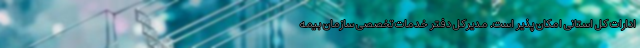
ادارات کل استانی امکان پذیر است. مدیرکل دفتر خدمات تخصصی سازمان بیمه